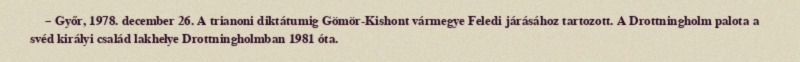
– Győr, 1978. december 26. A trianoni diktátumig Gömör-Kishont vármegye Feledi járásához tartozott. A Drottningholm palota a svéd királyi család lakhelye Drottningholmban 1981 óta.